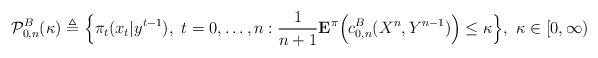
LaTeX: \begin{align*}{\cal P}_{0,n}^{B}(\kappa)\triangleq\Big\{\pi_t(x_t|y^{t-1}), ~t=0, \ldots, n: \frac{1}{n+1} {\bf E}^{\pi} \Big( c^{B}_{0,n}(X^n, Y^{n-1}) \Big)\leq \kappa\Big\},~ \kappa \in [0,\infty)\end{align*}